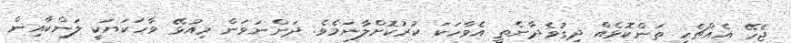
ޖެހޭ އެއްޗެހި ތަންކޮޅެއް ދިގުވެދާނެތީ އެވާހަކަ ކުރުކޮށްލާނަމެވެ. ދަންނަވަން މިއުޅޭ ވާހަކަޔަކީ ލަންކާއިން